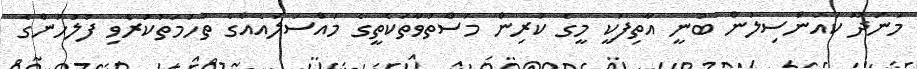
މަނަދޫ ކައުންސިލުން ބުނީ އާތިފަކީ މީގެ ކުރިން މަސްތުވާތަކެތީގެ މައްސަލައެއްގެ ތުހުމަތުކުރެވި ފުލުހުންގެ